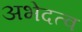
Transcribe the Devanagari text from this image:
अभेदत्व